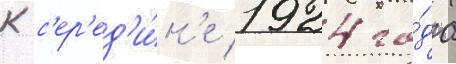
К с'ер'ед'и́н'е 1924 го́да